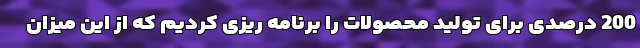
200 درصدی برای تولید محصولات را برنامه ریزی کردیم که از این میزان